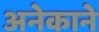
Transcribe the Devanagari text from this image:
अनेकाने